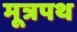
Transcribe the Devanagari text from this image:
मूत्रपथ